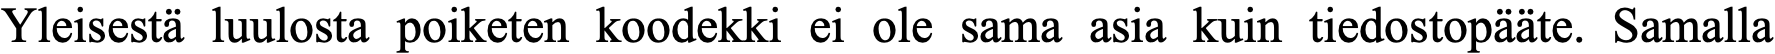
Yleisestä luulosta poiketen koodekki ei ole sama asia kuin tiedostopääte. Samalla